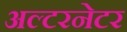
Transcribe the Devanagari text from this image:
अल्‍टरनेटर